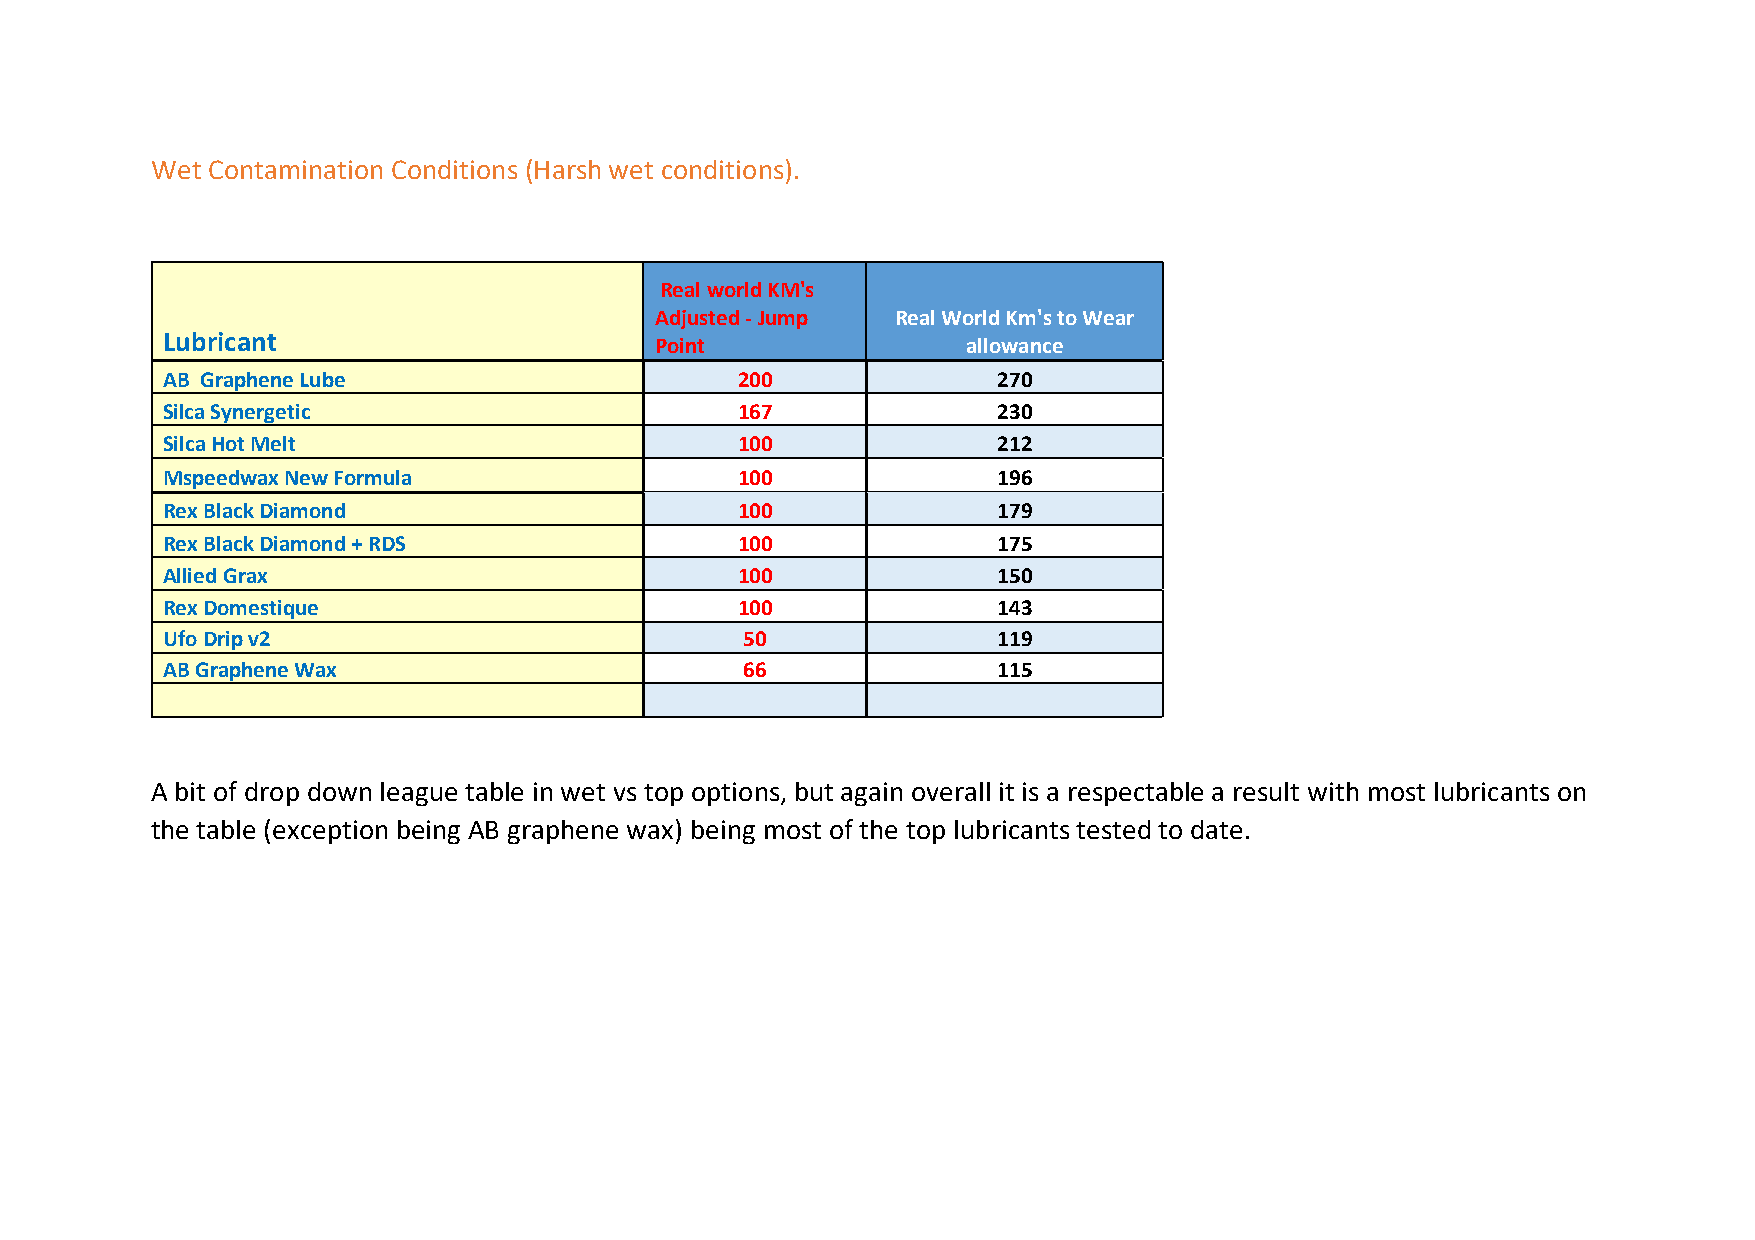
Wet Contamination Conditions (Harsh wet conditions).
 Real world KM's
 Adjusted - Jump Real World Km's to Wear
 Lubricant
 Point                allowance
 AB Graphene Lube                      200              270
 Silca Synergetic                      167              230
 Silca Hot Melt                        100              212
 Mspeedwax New Formula                 100              196
 Rex Black Diamond                     100              179
 Rex Black Diamond + RDS               100              175
 Allied Grax                           100              150
 Rex Domestique                        100              143
 Ufo Drip v2                           50               119
 AB Graphene Wax                       66               115
 A bit of drop down league table in wet vs top options, but again overall it is a respectable a result with most lubricants on
 the table (exception being AB graphene wax) being most of the top lubricants tested to date.